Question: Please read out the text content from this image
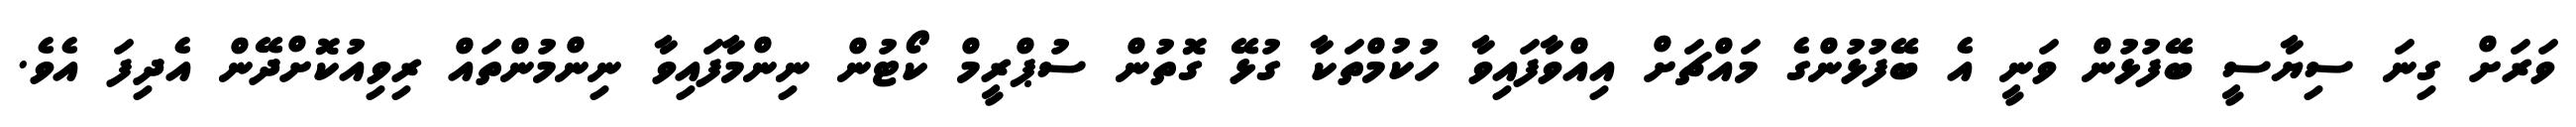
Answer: ވަރަށް ގިނަ ސިޔާސީ ބޭފުޅުން ވަނީ އެ ބޭފުޅުންގެ މައްޗަށް އިއްވާފައިވާ ހުކުމްތަކާ ގުޅޭ ގޮތުން ސުޕްރީމް ކޯޓުން ނިންމާފައިވާ ނިންމުންތައް ރިވިއުކޮށްދޭން އެދިފަ އެވެ.